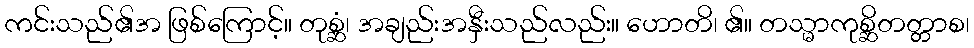
ကင်းသည်၏အ ဖြစ်ကြောင့်။ တုစ္ဆံ၊ အချည်းအနှီးသည်လည်း။ ဟောတိ၊ ၏။ တသ္မာကုစ္ဆိတတ္တာစ၊